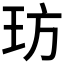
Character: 𤤁